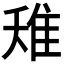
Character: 𨾘